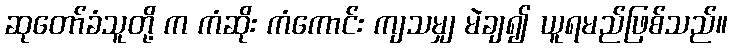
ဆုတော်ခံသူတို့ က ကံဆိုး ကံကောင်း ကျသမျှ မဲချ၍ ယူရမည်ဖြစ်သည်။